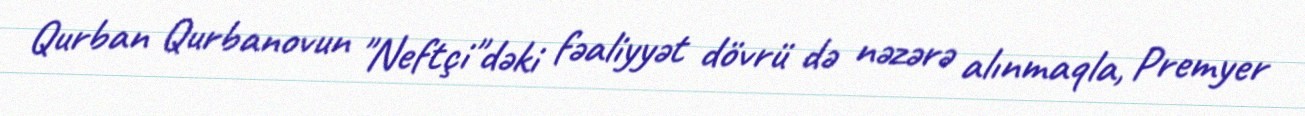
Qurban Qurbanovun "Neftçi"dəki fəaliyyət dövrü də nəzərə alınmaqla, Premyer